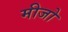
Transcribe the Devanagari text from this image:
मीजो